Indian journal of veterinary science and animal husbandry - Volumes 24-25, 1954-1955
Year: 1954
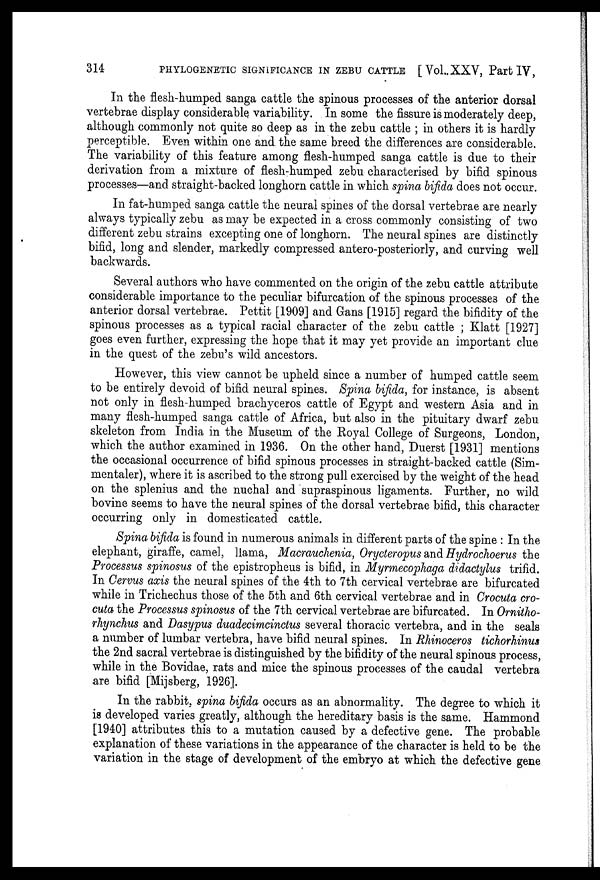
314
PHYLOGENETIC
SIGNIFICANCE IN ZEBU CATTLE [Vol.. XXV, Part IV,
In the flesh-humped sanga cattle the spinous processes of the anterior dorsal
vertebrae display considerable variability. In some the fissure is moderately deep,
although commonly not quite so deep as in the zebu cattle ; in others it is hardly
perceptible. Even within one and the same breed the differences are considerable.
The variability of this feature among flesh-humped sanga cattle is due to their
derivation from a mixture of flesh-humped zebu characterised by bifid spinous
processes—and straight-backed longhorn cattle in which spina bifida does not occur.
In fat-humped sanga cattle the neural spines of the dorsal vertebrae are nearly
always typically zebu as may be expected in a cross commonly consisting of two
different zebu strains excepting one of longhorn. The neural spines are distinctly
bifid, long and slender, markedly compressed antero-posteriorly, and curving well
backwards.
Several authors who have commented on the origin of the zebu cattle attribute
considerable importance to the peculiar bifurcation of the spinous processes of the
anterior dorsal vertebrae. Pettit [1909] and Gans [1915] regard the bifidity of the
spinous processes as a typical racial character of the zebu cattle ; Klatt [1927]
goes even further, expressing the hope that it may yet provide an important clue
in the quest of the zebu's wild ancestors.
However, this view cannot be upheld since a number of humped cattle seem
to be entirely devoid of bifid neural spines. Spina bifida, for instance, is absent
not only in flesh-humped brachyceros cattle of Egypt and western Asia and in
many flesh-humped sanga cattle of Africa, but also in the pituitary dwarf zebu
skeleton from India in the Museum of the Royal College of Surgeons, London,
which the author examined in 1936. On the other hand, Duerst [1931] mentions
the occasional occurrence of bifid spinous processes in straight-backed cattle (Sim-
mentaler), where it is ascribed to the strong pull exercised by the weight of the head
on the splenius and the nuchal and supraspinous ligaments. Further, no wild
bovine seems to have the neural spines of the dorsal vertebrae bifid, this character
occurring only in domesticated cattle.
Spina bifida is found in numerous animals in different parts of the spine : In the
elephant, giraffe, camel, llama, Macrauchenia, Orycteropus and Hydrochoerus the
Processus spinosus of the epistropheus is bifid, in Myrmecophaga didactylus trifid.
In Cervus axis the neural spines of the 4th to 7th cervical vertebrae are bifurcated
while in Trichechus those of the 5th and 6th cervical vertebrae and in Crocuta cro-
cuta the Processus spinosus of the 7th cervical vertebrae are bifurcated. In Ornitho-
rhynchus and Dasypus duadecimcinctus several thoracic vertebra, and in the seals
a number of lumbar vertebra, have bifid neural spines. In Rhinoceros tichorhinus
the 2nd sacral vertebrae is distinguished by the bifidity of the neural spinous process,
while in the Bovidae, rats and mice the spinous processes of the caudal vertebra
are bifid [Mijsberg, 1926].
In the rabbit, spina bifida occurs as an abnormality. The degree to which it
is developed varies greatly, although the hereditary basis is the same. Hammond
[1940] attributes this to a mutation caused by a defective gene. The probable
explanation of these variations in the appearance of the character is held to be the
variation in the stage of development of the embryo at which the defective gene